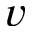
v